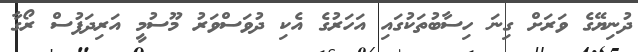
ދުނިޔޭގެ ވަރަށް ގިނަ ހިސާބުތަކުގައި އަހަރުގެ އެކި ދުވަސްވަރު މޫސުމީ އަރިދަފުސް ރޯގާ